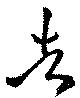
告